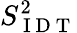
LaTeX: S_{\mathrm{~I~D~T~}}^{2}